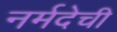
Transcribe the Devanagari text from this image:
नर्मदेची